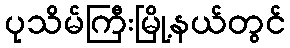
ပုသိမ်ကြီးမြို့နယ်တွင်